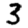
Digit: 3